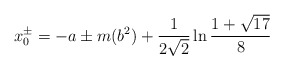
\begin{align*}x_0^\pm =-a\pm m(b^2)+\frac{1}{2\sqrt{2}}\ln \frac{1+\sqrt{17}}{8}\end{align*}